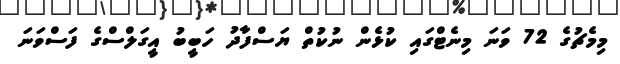
މިމެޗުގެ 72 ވަނަ މިނެޓްގައި ކުޅެން ނުކުތް ޔަސްފާދު ހަބީބު އީގަލްސްގެ ފަސްވަނަ